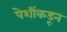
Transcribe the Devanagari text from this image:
पेशींकडून